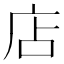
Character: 店